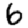
Digit: 6